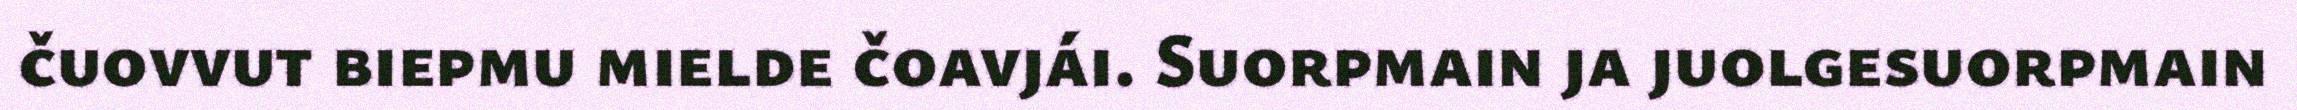
čuovvut biepmu mielde čoavjái. Suorpmain ja juolgesuorpmain